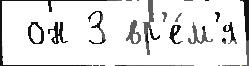
 он 3 вр'е́м'я